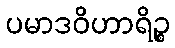
ပမာဒဝိဟာရိဉ္စ